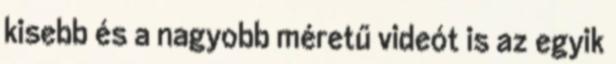
kisebb és a nagyobb méretű videót is az egyik